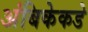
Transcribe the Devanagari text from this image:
अंबिकेकडे